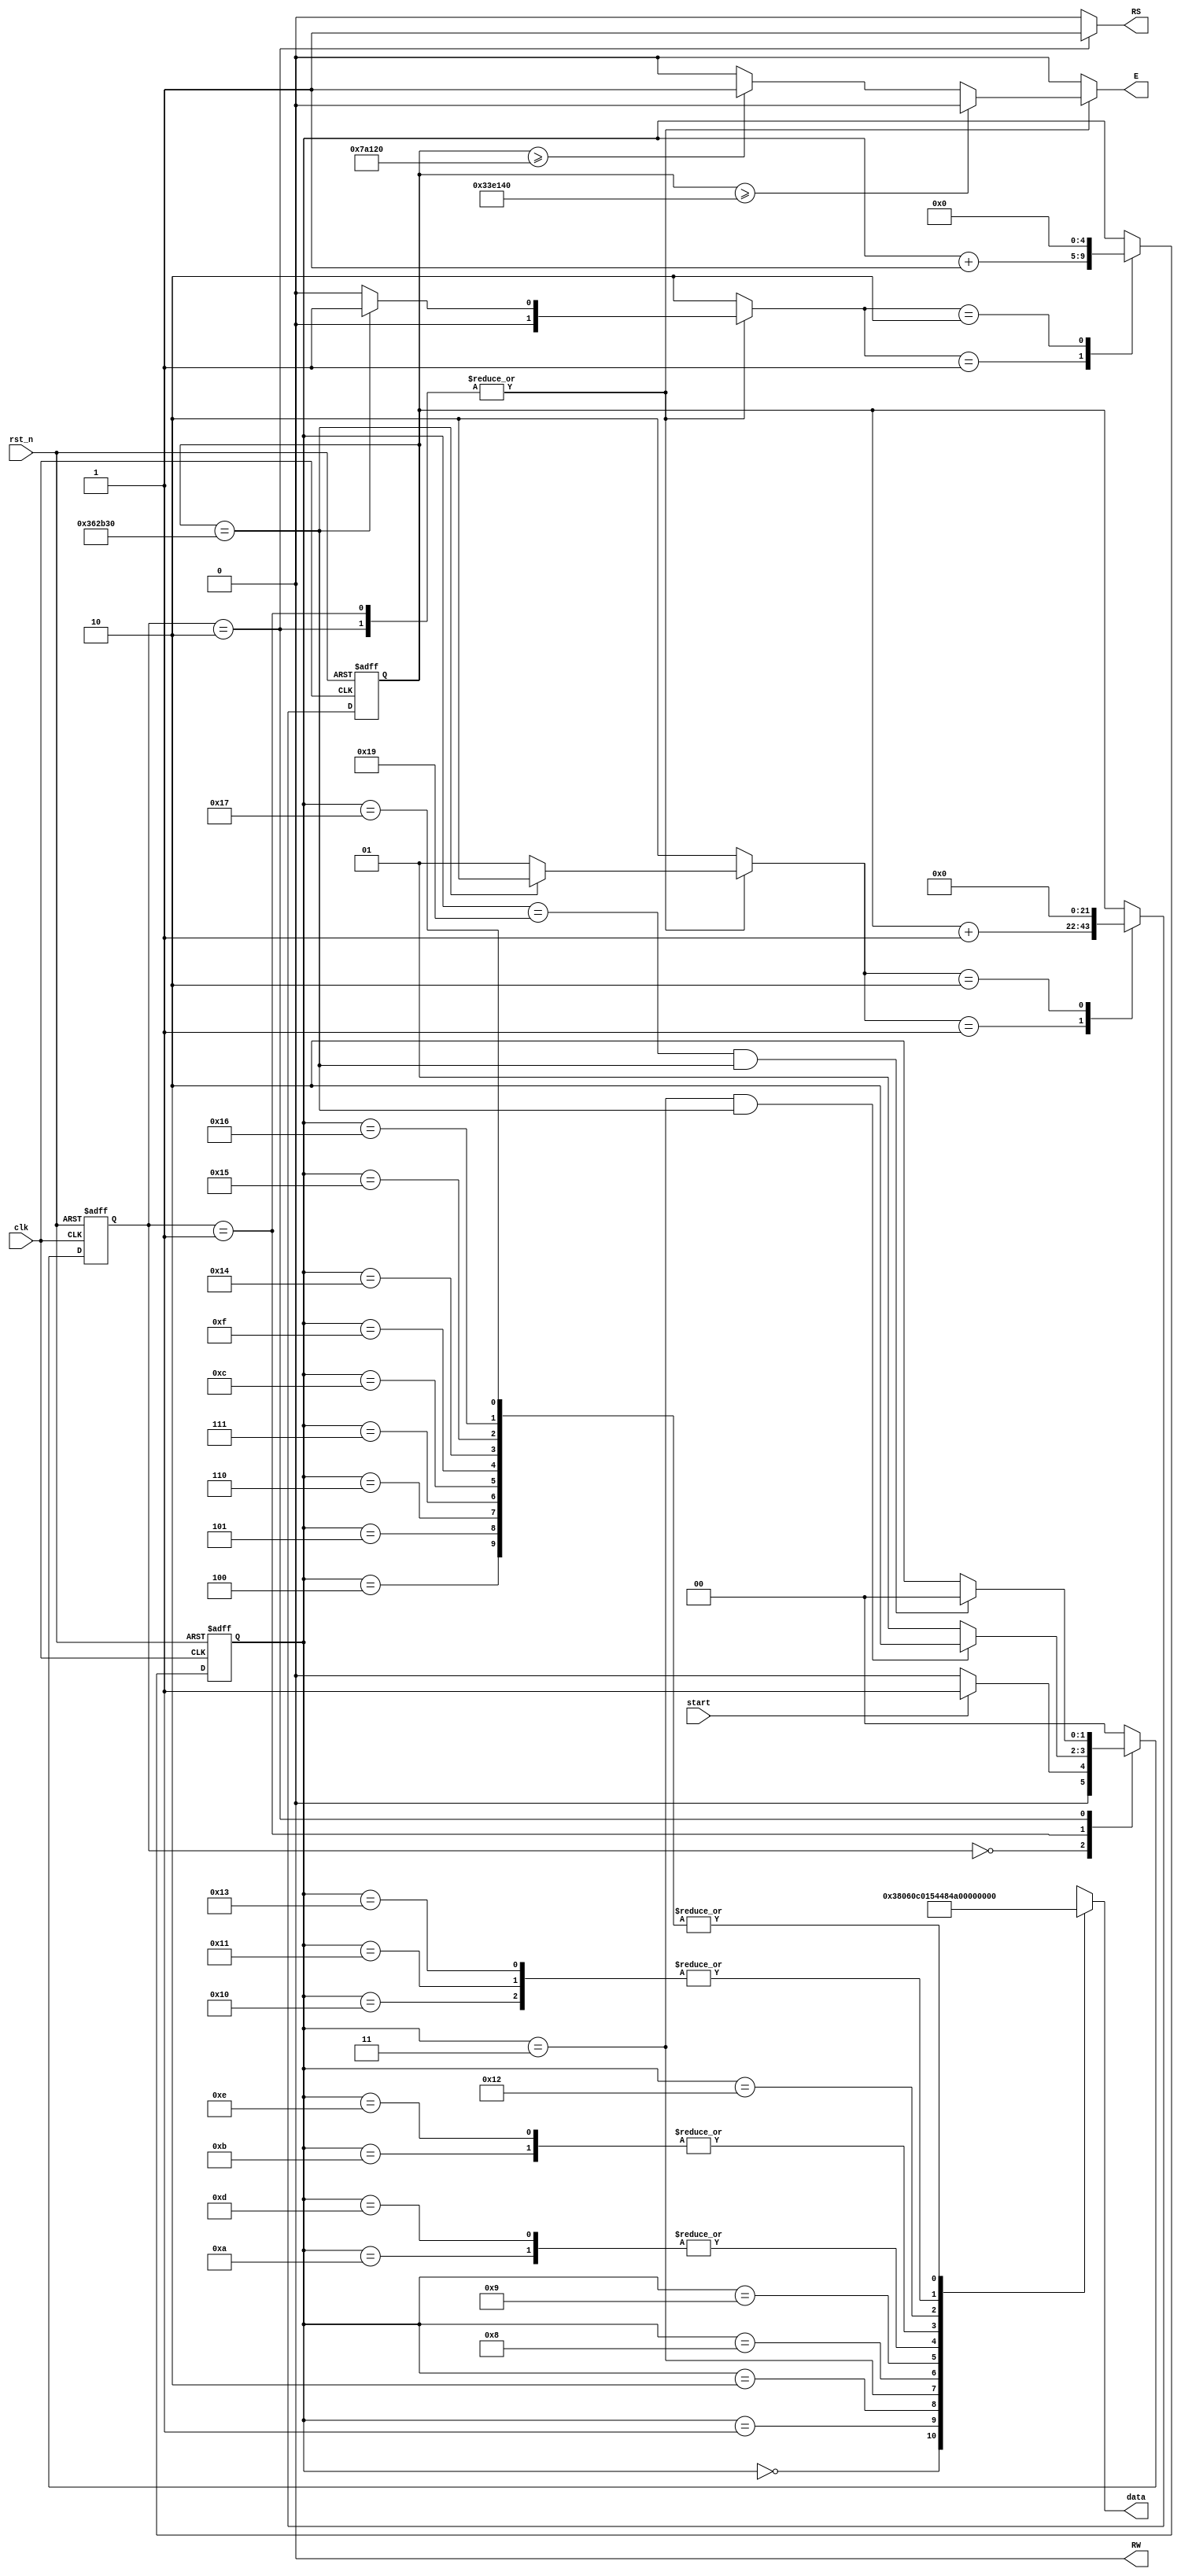
module LCD1602(
    // 50MHz clock input
    input clk,
    // Input from reset button (active low)
    input rst_n,
    // cclk input from AVR, high when AVR is ready
	 input start,
	 output [7:0] data, 
	 output reg RS, RW, E
	 );

wire rst = ~rst_n; // make reset active high

// these signals should be high-z when not used

localparam [1:0] idle      = 2'b00,
					  lcd_init  = 2'b01,
					  lcd_print = 2'b10;
					  
reg [1:0] state_reg, state_next;
reg [4:0] addr_reg, addr_next;
reg [21:0] cnt_reg, cnt_next;
reg [1:0] s1, s2;

//State Registers
always@(posedge clk, posedge rst)
begin
	if(rst)
		state_reg <= idle;
	else
		state_reg <= state_next;
end


//Next State Logic
always @*
begin
	case(state_reg)
		idle:
			if(start)
				state_next = lcd_init;
			else
				state_next = idle;
				
		lcd_init:
			if(addr_reg == 5'h03 && cnt_reg == 3550000)
				state_next = lcd_print;
			else 
				state_next = lcd_init;
				
		lcd_print:
			if(addr_reg == 5'h19 && cnt_reg == 3550000)
				state_next = idle;
			else 
				state_next = lcd_print;
				
		 default:
				state_next = idle;
		endcase
end

//Output Logic	
always @*
begin
		case(state_reg)
			idle:
				begin
				s1 = 2'b10;
				s2 = 2'b10;
				RW = 0;
				RS = 0;
				E = 0;
				end
				
			lcd_init:
				begin
				s1 = 2'b00;
				s2 = 2'b01;
				RS = 0;
				RW = 0;
				E = 0;
				if (cnt_reg >= 500000)
					E = 1;
				if (cnt_reg >= 3400000)
					E = 0;
				if (cnt_reg == 3550000)
				begin
					s1 = 2'b01;
					s2 = 2'b10;
				end
				end
				
			lcd_print:
				begin
				s1 = 2'b00;
				s2 = 2'b01;
				RS = 1;
				RW = 0;
				E = 0;
				if (cnt_reg >= 500000)
					E = 1;
				if (cnt_reg >= 3400000)
					E = 0;
				if (cnt_reg == 3550000)
				begin
					s1 = 2'b01;
					s2 = 2'b10;
				end
				end
			default:
				begin
				s1 = 2'b10;
				s2 = 2'b10;
				RW = 0;
				RS = 0;
				E = 0;
				end
				
		endcase
end

//Path 1: ROM
wire [7:0] rom_data [23:0];
 
  assign rom_data[0] = 8'h38;
  assign rom_data[1] = 8'h06;
  assign rom_data[2] = 8'h0C;
  assign rom_data[3] = 8'h01;
  
  assign rom_data[4] = " ";
  assign rom_data[5] = " ";
  assign rom_data[6] = " ";
  assign rom_data[7] = " ";
  assign rom_data[8] = "T";
  assign rom_data[9] = "H";
  assign rom_data[10] = "I";
  assign rom_data[11] = "S";
  assign rom_data[12] = " ";
  assign rom_data[13] = "I";
  assign rom_data[14] = "S";
  assign rom_data[15] = " ";
  assign rom_data[16] = "P";
  assign rom_data[17] = "P";
  assign rom_data[18] = "A";
  assign rom_data[19] = "P";
  assign rom_data[20] = " ";
  assign rom_data[21] = " ";
  assign rom_data[22] = " ";
  assign rom_data[23] = " ";
 
  assign data = rom_data[addr_reg];

//Path 1: Registers
always@(posedge clk, posedge rst)
begin
	if(rst)
		addr_reg <= 5'b0;
	else
		addr_reg <= addr_next;
end

//Path 1: Mux
always @* 
	case(s1)
		2'b00:
			addr_next = addr_reg;
			
		2'b01:
			addr_next = addr_reg + 1'b1;
			
		2'b10:
			addr_next = 5'b0;
			
		default:
			addr_next = addr_reg;
	endcase
	

//Path 2: Registers
always@(posedge clk, posedge rst)
begin
	if(rst)
		cnt_reg <= 21'h0;
	else
		cnt_reg <= cnt_next;
end

//Path 2: Mux
always @* 
	case(s2)
		2'b00:
			cnt_next = cnt_reg;
			
		2'b01:
			cnt_next = cnt_reg + 1'b1;
			
		2'b10:
			cnt_next = 21'h0;
			
		default:
			cnt_next = cnt_reg;
	endcase

endmodule